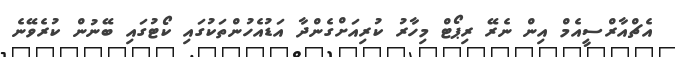
އެޗްއާރްސީއެމް އިން ނެރޭ ރިޕޯޓް މިހާރު ކުރިއަށްގެންދާ އަޑުއެހުންތަކުގައި ކޯޓުގައި ބޭނުން ކުރެވޭނެ